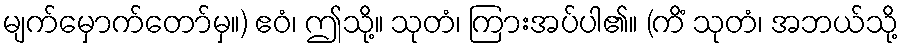
မျက်မှောက်တော်မှ။) ဧဝံ၊ ဤသို့။ သုတံ၊ ကြားအပ်ပါ၏။ (ကိံ သုတံ၊ အဘယ်သို့